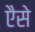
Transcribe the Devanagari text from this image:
एैसे